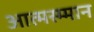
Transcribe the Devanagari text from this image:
आत्मस्म्मान